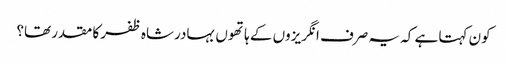
کون کہتا ہے کہ یہ صرف انگریزوں کے ہاتھوں بہادرشاہ ظفر کا مقدر تھا؟